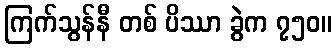
ကြက်သွန်နီ တစ် ပိဿာ ခွဲက ၇၅၀။